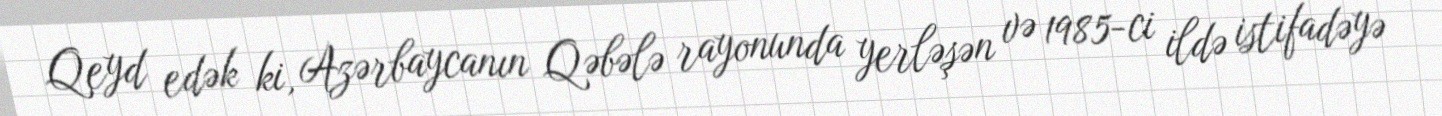
Qeyd edək ki, Azərbaycanın Qəbələ rayonunda yerləşən və 1985-ci ildə istifadəyə